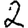
Digit: 2